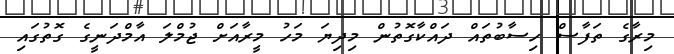
މިރާގެ ތަފާސް ހިސާބުތައް ދައްކާގޮތުން މިދިޔަ މަހު މީރާއަށް ޖުމްލަ އާމްދަނީގެ ގޮތުގައި